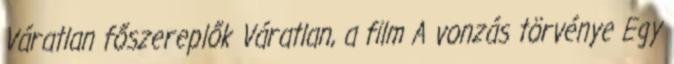
Váratlan főszereplők Váratlan, a film A vonzás törvénye Egy